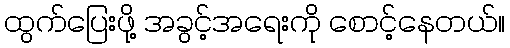
ထွက်ပြေးဖို့ အခွင့်အရေးကို စောင့်နေတယ်။